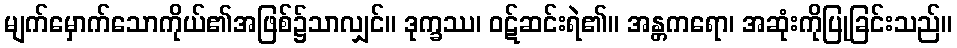
မျက်မှောက်သောကိုယ်၏အဖြစ်၌သာလျှင်။ ဒုက္ခဿ၊ ဝဋ်ဆင်းရဲ၏။ အန္တကရော၊ အဆုံးကိုပြုခြင်းသည်။